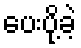
ပေးပို့ခဲ့